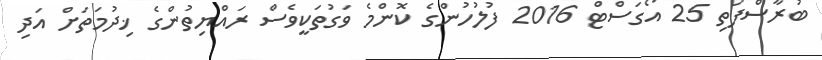
ބުރާސްފަތި 25 އޯގަސްޓް 2016 ފުލުހުންގެ ކޮންމެ ވަގުތަކީވެސް ރައްޔިތުންގެ ޚިދުމަތަށް އަދި